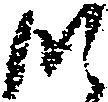
つ